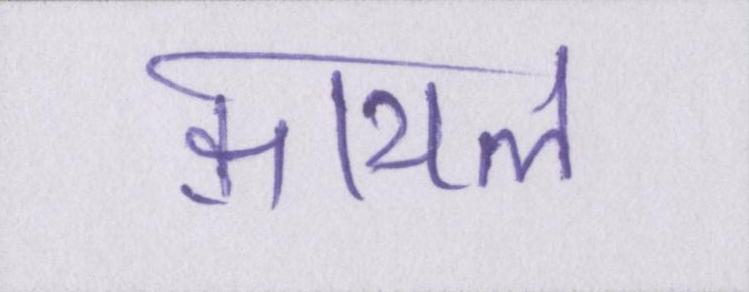
क़ायल